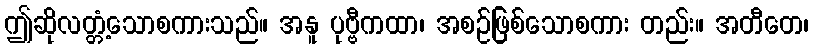
ဤဆိုလတ္တံ့သောစကားသည်။ အနူ ပုဗ္ဗီကထာ၊ အစဉ်ဖြစ်သောစကား တည်း။ အတီတေ၊